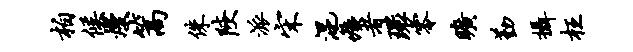
柏候熳篙侏陕派宋混痍者环零旷勤摄枉